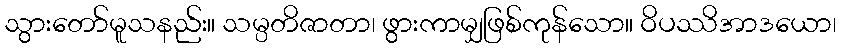
သွားတော်မူသနည်း။ သမ္ပတိဇာတာ၊ ဖွားကာမျှဖြစ်ကုန်သော။ ဝိပဿိအာဒယော၊